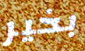
بخير